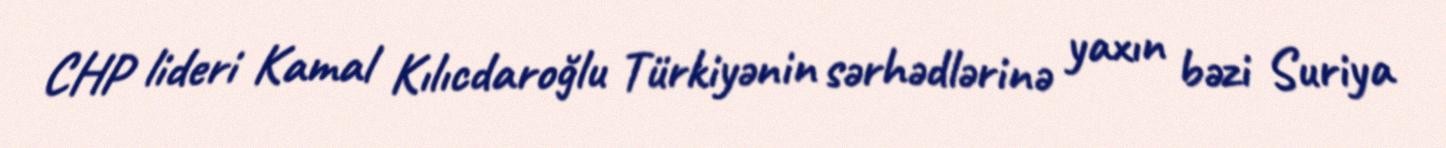
CHP lideri Kamal Kılıcdaroğlu Türkiyənin sərhədlərinə yaxın bəzi Suriya